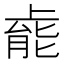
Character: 𫠹